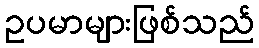
ဥပမာများဖြစ်သည်